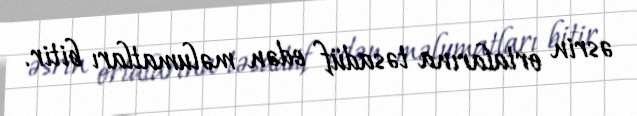
əsrin ortalarına təsadüf edən məlumatları bitir.